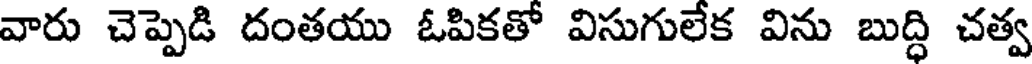
వారు చెప్పెడి దంతయు ఓపికతో విసుగులేక విను బుద్ధి చత్వ